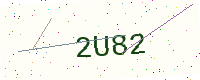
Text: 2U82